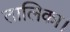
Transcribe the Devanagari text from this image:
तालिका।